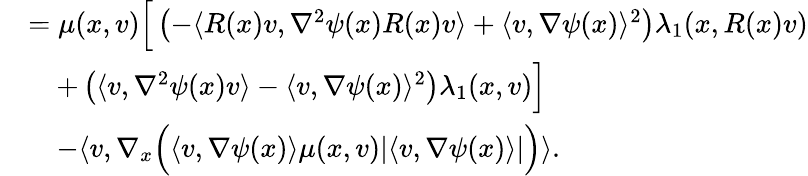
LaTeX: \begin{array}{rl}&{=\mu(x,v)\Big[\left(-\langle R(x)v,\nabla^{2}\psi(x)R(x)v\rangle+\langle v,\nabla\psi(x)\rangle^{2}\right)\lambda_{1}(x,R(x)v)}\\ &{\quad+\left(\langle v,\nabla^{2}\psi(x)v\rangle-\langle v,\nabla\psi(x)\rangle^{2}\right)\lambda_{1}(x,v)\Big]}\\ &{\quad-\langle v,\nabla_{x}\Big(\langle v,\nabla\psi(x)\rangle\mu(x,v)\lvert\langle v,\nabla\psi(x)\rangle\rvert\Big)\rangle.}\end{array}